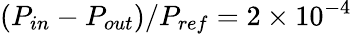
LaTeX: (P_{in}-P_{out})/P_{ref}=2\times 10^{-4}